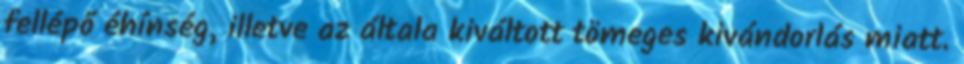
fellépő éhínség, illetve az általa kiváltott tömeges kivándorlás miatt.